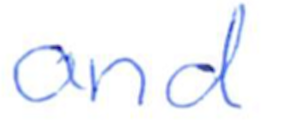
Text: and
Cross-out: clean
Writing tool: ballpoint